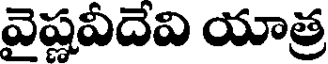
వైష్ణవీదేవి యాత్ర